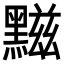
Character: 𪑿